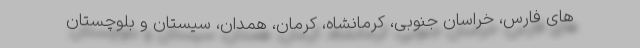
های فارس، خراسان جنوبی، کرمانشاه، کرمان، همدان، سیستان و بلوچستان